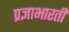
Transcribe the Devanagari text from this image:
प्रज्ञाभारती